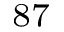
^ { 8 7 }